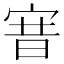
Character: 㝜